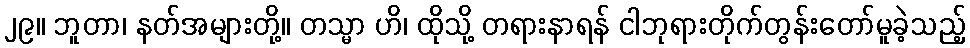
၂၉။ ဘူတာ၊ နတ်အများတို့။ တသ္မာ ဟိ၊ ထိုသို့ တရားနာရန် ငါဘုရားတိုက်တွန်းတော်မူခဲ့သည့်